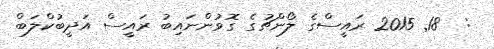
:  18